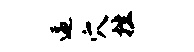
逼穴挫